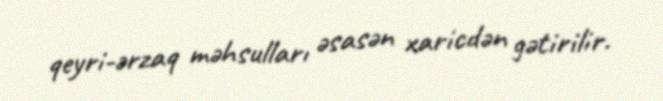
qeyri-ərzaq məhsulları əsasən xaricdən gətirilir.